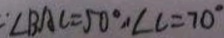
\therefore \angle B A C = 5 0 ^ { \circ } , \angle C = 7 0 ^ { \circ }